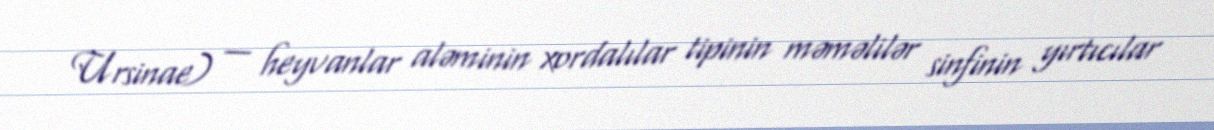
Ursinae) — heyvanlar aləminin xordalılar tipinin məməlilər sinfinin yırtıcılar